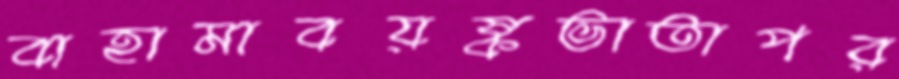
বাহামাবয়ষ্কভাতাপর